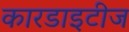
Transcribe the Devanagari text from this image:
कारडाइटीज